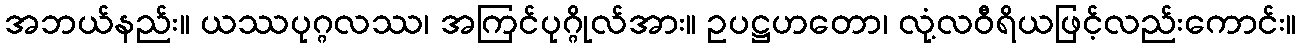
အဘယ်နည်း။ ယဿပုဂ္ဂလဿ၊ အကြင်ပုဂ္ဂိုလ်အား။ ဥပဋ္ဌဟတော၊ လုံ့လဝီရိယဖြင့်လည်းကောင်း။